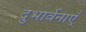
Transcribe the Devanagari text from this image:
दुभार्वनाएँ